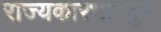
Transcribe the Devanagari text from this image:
राज्यकारभारतुन